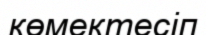
көмектесіп